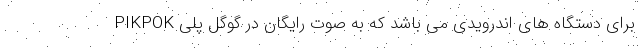
PIKPOK برای دستگاه های اندرویدی می باشد که به صوت رایگان در گوگل پلی